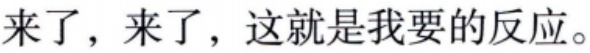
来了，来了，这就是我要的反应。